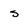
Character: s